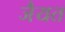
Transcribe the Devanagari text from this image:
जैयत